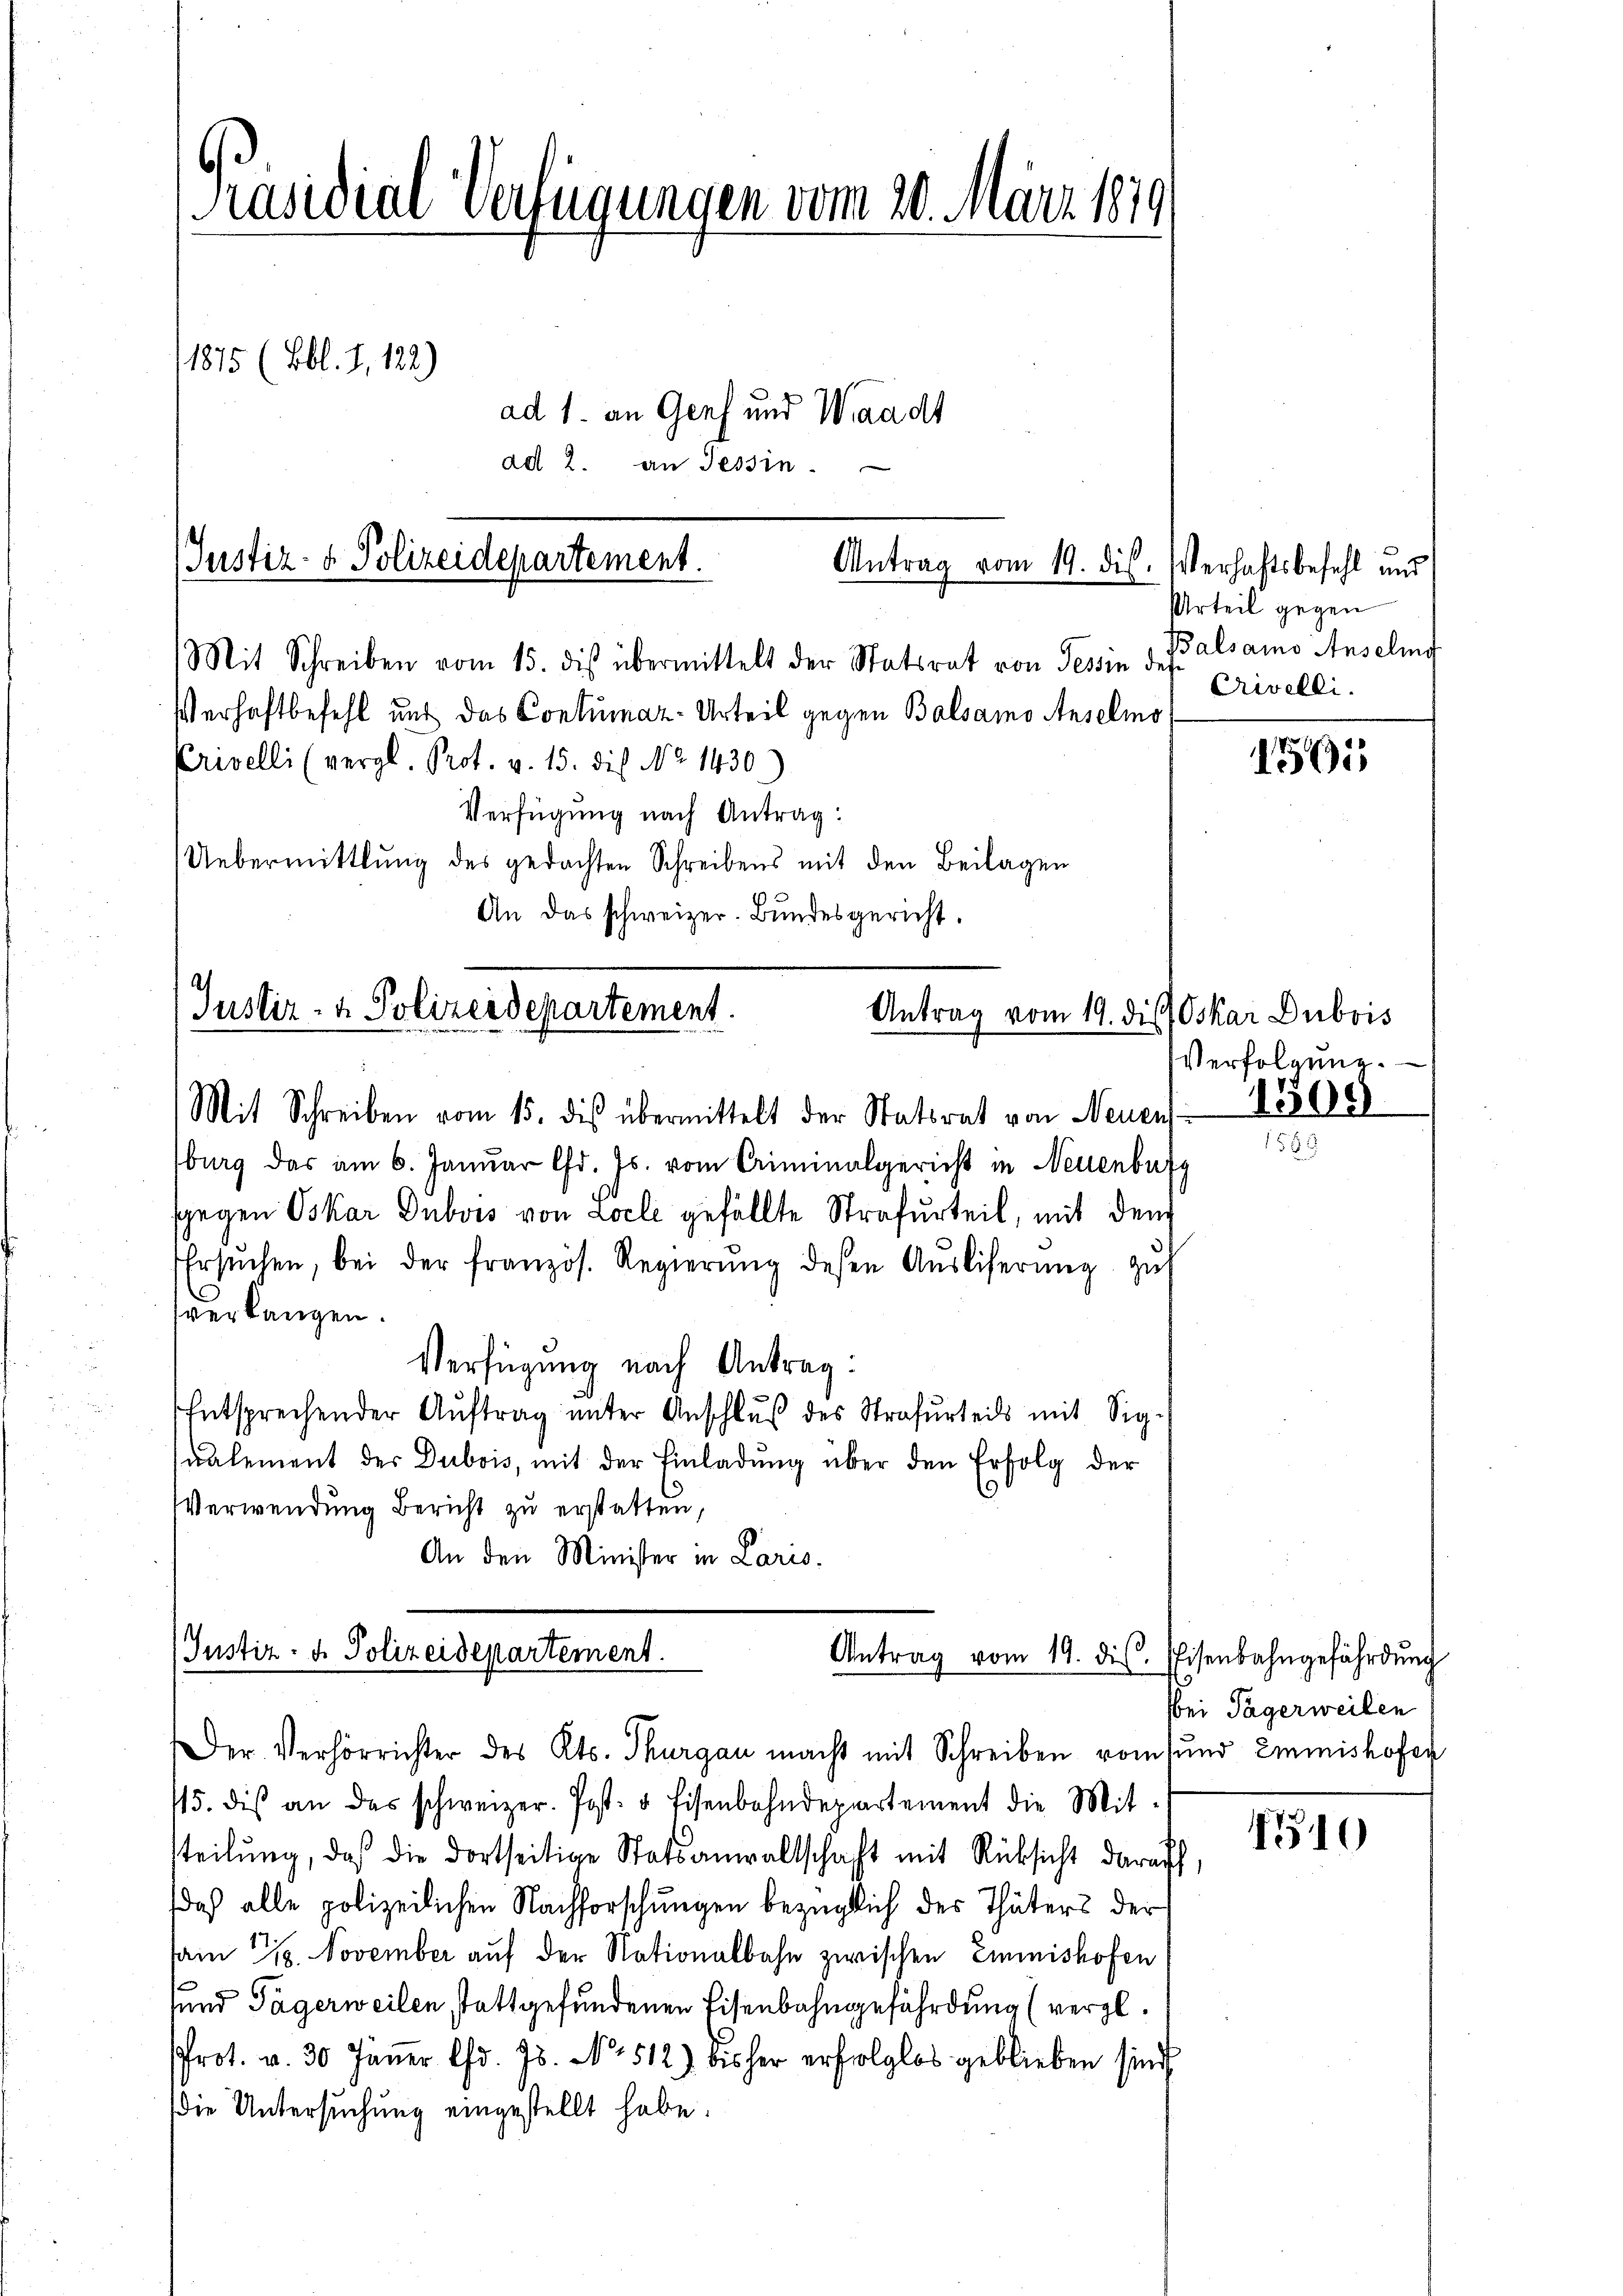
Mit Schreiben vom 15. dis übermittelt der Statsrat von Tessin des alsamo Anselig
Verhaftbefehl und das Contumaz-Urteil gegen Balsamo Anselmo
Crivelli (vergl. Prot. v. 15. die No 1430
Verfügung nach Antrag:
Uebermittlung des gedachten Schreibens mit den Beilagen
An das schweizer. Bundesgericht.

Präsidial-Verfügungen vom 20. März 1849
1815 (Bbl. J. 182)
ad 1. an Genf und Waadt
ad 2. an Tessin.

(Justiz- & Polizeidepartement.
Antrag vom 19. dis. Verhaftsbefehl und

Justiz- & Polizeidepartement.
Antrag vom 19. dis
Mit Schreiben vom 15. dis übermittelt der Statsrat von Neuens

burg das am 6. Januar d. Js. vom Criminalgericht in Neuenburg
gegen Oskar Dubois von Loele gefällte Strafurteil, mit dem
Ersuchen, bei der französ. Regierŭng dessen Aŭsliferŭng zŭ
verlangen.
Verfügung nach Antrag:
Entsprechender Auftrag unter Anschluß des Strafurteils mit Sigualement der Dubois, mit der Einladŭng über den Erfolg der
Verwendung Bericht zu erstatten,
An den Minister in Cario.

(Justiz- u. Polizeidepartement.
Antrag vom 19. ds.

Der Verhörrichter des Kts. Thurgau macht mit Schreiben rom und Emmishofen
15. dis an das schweizer. Post- & Eisenbahndepartement die Mit-
steilung, daß die dortseitige Statsanwaltschaft mit Rücksicht darauf,
daß alle polizeilichen Nachforschungen bezüglich des Thäters der
sam 18. November auf der Nationalbahn zwischen Emmnishofen
sund Tägerweilen stattgefundenen Eisenbahngefährdung (vergl.
Prot. v. 30 Jäṅer lfd. Js. No 512) bisher erfolglos geblieben sind,
die Untersuchung eingestellt habe.

Urteil gegen
Crivelli.

1501

Oskar Dubois
Verfolgung.

1308

1510

Eisenbahngefährdung
Bei Tagerweilen